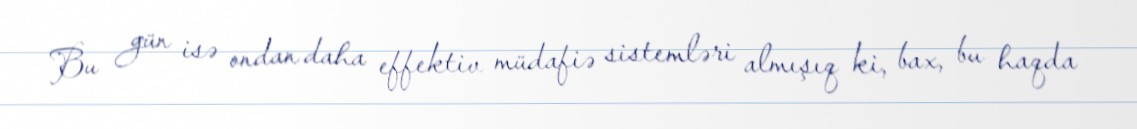
Bu gün isə ondan daha effektiv müdafiə sistemləri almışıq ki, bax, bu haqda